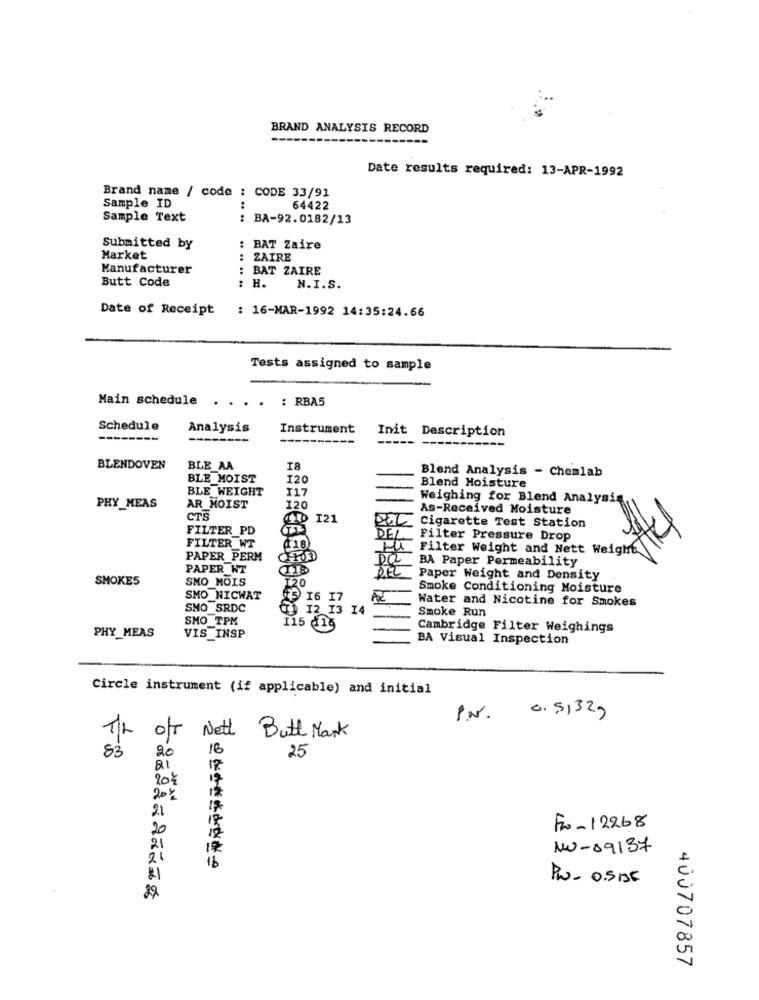
BRAND ANALYSIS RECORD
Date results required: 13-APR-1992
Brand name / code : CODE 33/91
Sample ID
64422
Sample Text
: BA-92.0182/13
Submitted by
: BAT Zaire
Market
ZAIRE
Manufacturer
: BAT ZAIRE
Butt Code
: H.
N.I.S.
Date of Receipt
: 16-MAR-1992 14:35:24.66
Tests assigned to sample
Main schedule
. . : RBA5
Schedule
Analysis
Instrument
Init Description
--
--
----------
BLENDOVEN
BLE AA
I8
Blend Analysis - Chemlab
BLE MOIST
120
Blend Moisture
BLE WEIGHT
I17
Weighing for Blend Analysis
PHY_MEAS
AR MOIST
120
As-Received Moisture
CTS
I21
Cigarette Test Station
FILTER_PD
FILTER WT
Filter Pressure Drop
₡18
Filter Weight and Nett Weight
PAPER PERM
BA Paper Permeability
PAPER WT
SMOKE5
SMO_MOIS
Paper Weight and Density
120
Smoke Conditioning Moisture
SMO NICWAT
$ 16 17
Water and Nicotine for Smokes
SMO SRDC
12 13 14
Smoke Run
SMO TPM
115 116
Cambridge Filter Weighings
PHY_MEAS
VIS_INSP
BA Visual Inspection
Circle instrument (if applicable) and initial
0.51329
TIL OfT
Nett Butt Mark
20
18
83
25
21
17
20 $
201%
21
17
20
Fw-12268
21
12
NO-09137
21
16
Pro - 0.5 BE
29
400707857